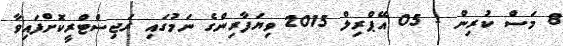
8 މަސް ކުރިން - 05 އޭޕްރިލް 2015 ވިޔަފާރިންގެ ނަމުގައި ރަޖިސްޓްރީކޮށްފައިވާ